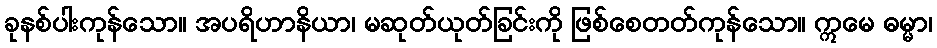
ခုနစ်ပါးကုန်သော။ အပရိဟာနိယာ၊ မဆုတ်ယုတ်ခြင်းကို ဖြစ်စေတတ်ကုန်သော။ ဣမေ ဓမ္မာ၊